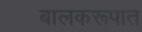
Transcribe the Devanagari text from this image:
बालकरूपात